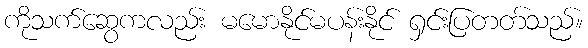
ကိုသက်ဆွေကလည်း မမောနိုင်မပန်းနိုင် ရှင်းပြတတ်သည်။